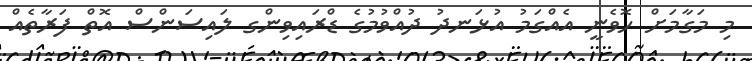
މި މަގާމަށް ހޮވެނީ އެއްގަމު އުޅަނދު ދުއްވުމުގެ ޑްރައިވިންގ ލައިސަންސް އޮތް ފަރާތެއް